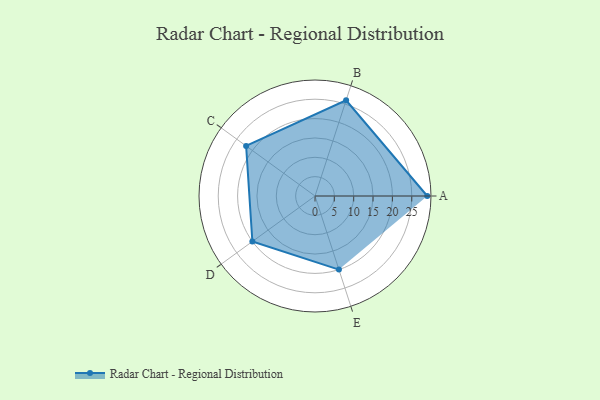
{"axis": {"x": "Skill", "y": "Score"}, "legend": ["Profile"], "data": [{"x": "A", "y": 29.0, "type": "Profile"}, {"x": "B", "y": 26.0, "type": "Profile"}, {"x": "C", "y": 22.0, "type": "Profile"}, {"x": "D", "y": 20, "type": "Profile"}, {"x": "E", "y": 20, "type": "Profile"}]}